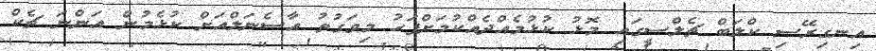
އިނގިރޭސި ކްލަބް ޗެލްސީގައި މޮޅު ކުޅުމެއްދެއްކުމަށްފަހު މިވަގުތު އާސެނަލްއަށް ކުޅެމުން އަންނަ ޗެކް